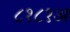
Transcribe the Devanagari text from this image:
८१८१अ